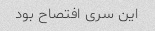
این سری افتصاح بود